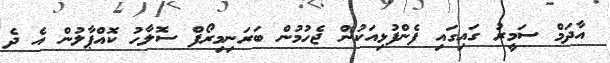
އާދަމް ސަމީރު ގައިގައި ފެންފުޅިއަކުން ޖެހުމުން ބަރަނިމިރޯފް ސޮލާހު ކޮއްޕާލުން އެ ދެ